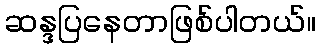
ဆန္ဒပြနေတာဖြစ်ပါတယ်။